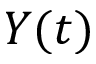
Y ( t )